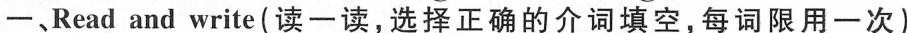
一、Read and write(读一读,选择正确的介词填空,每词限用一次)